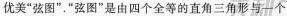
优美”弦图”。”弦图”是由四个全等的直角三角形与一个